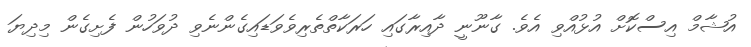
އުޝާމް އިސްކޮށް އުޅުއްވި އެވެ. ގާނޫނީ ދާއިރާގައި ހަރަކާތްތެރިވެވަޑައިގެންނެވި ދުވަހުން ފެށިގެން މިދިޔަ